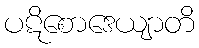
ပဋိစောဒေယျာတိ